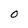
Character: 0